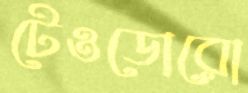
টেওডোরো